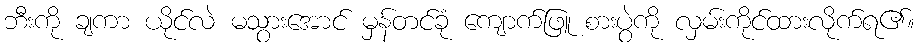
ဘီးကို ချကာ ယိုင်လဲ မသွားအောင် မှန်တင်ခုံ ကျောက်ဖြူ စားပွဲကို လှမ်းကိုင်ထားလိုက်ရ၏။